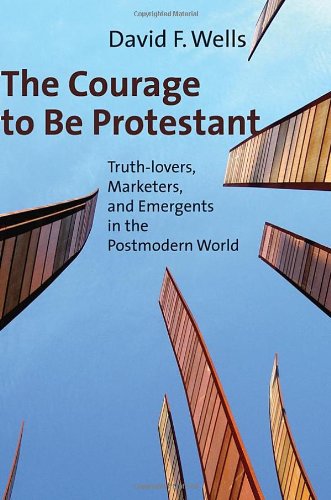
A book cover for The Courage to Be Protestant: Truth-lovers, Marketers, and Emergents in the Postmodern World; David F. Wells; Christian Books & Bibles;